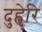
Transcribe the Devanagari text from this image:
दुहेरि